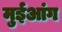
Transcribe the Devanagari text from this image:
मुईआंग